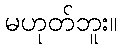
မဟုတ်ဘူး။